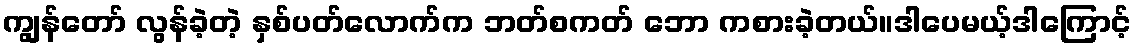
ကျွန်တော် လွန်ခဲ့တဲ့ နှစ်ပတ်လောက်က ဘတ်စကတ် ဘော ကစားခဲ့တယ်။ဒါပေမယ့်ဒါကြောင့်